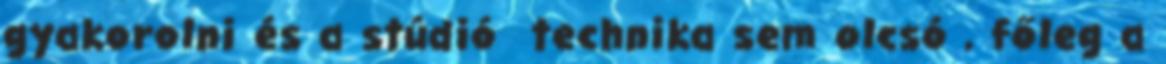
gyakorolni és a stúdió technika sem olcsó , főleg a